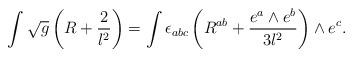
LaTeX: \begin{align*}\int \sqrt{g} \left(R + \frac{2}{l^2} \right) = \int \epsilon_{abc}\left(R^{ab} + \frac{e^a \wedge e^b}{3l^2} \right) \wedge e^c. \end{align*}